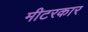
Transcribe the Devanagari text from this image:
मीटरकार